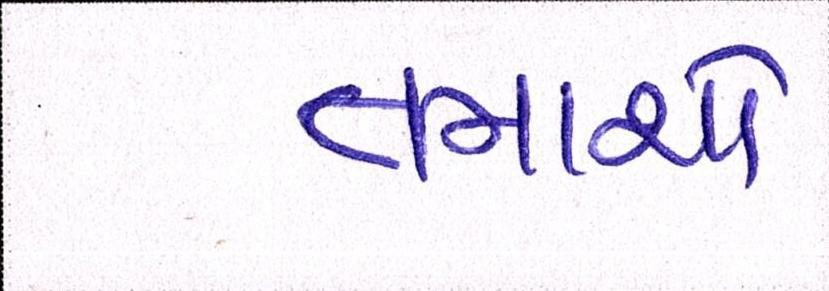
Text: તમાશો